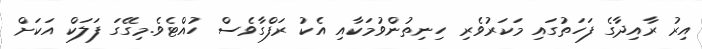
އިރު ރާއިދާގެ ފަހަތުގައި މަކަރުވެރި ހިނިތުންވުމަކާއި އެކު ރަފްގާވެސް ހުއްޓެވެ.މިގޭގަ ފަލަކް އަކަށް